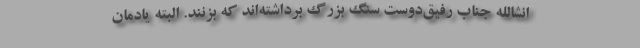
انشالله جناب رفیق‌دوست سنگ بزرگ برداشته‌اند که بزنند. البته یادمان